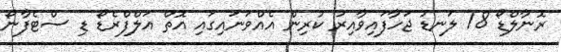
ރޮނާލްޑޯ 18 ލަނޑު ޖަހާފައިވާއިރު ކުރިން އެއްވަނައިގައި އޮތް އަލްފްރެޑޯ ޑި ސްޓެފާނޯ